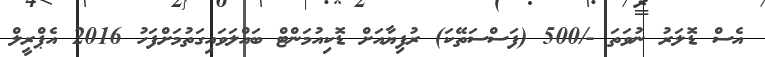
އެސް ޑޮލަރު ނުވަތަ -/500 (ފަސްސަތޭކަ) ރުފިޔާއަށް ޑޮކިއުމަންޓް ބައްލަވައިގަތުމަށްފަހު 2016 އެޕްރީލް